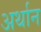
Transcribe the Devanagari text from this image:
अर्थान